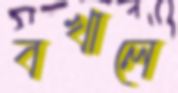
বখালে